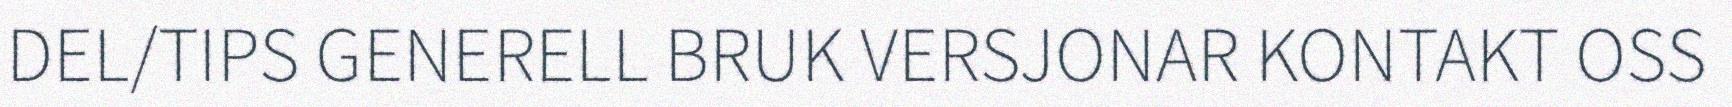
DEL/TIPS GENERELL BRUK VERSJONAR KONTAKT OSS